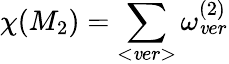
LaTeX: \chi(M_{2})=\sum_{<\mathit{v}er>}\omega_{\mathit{v}er}^{(2)}